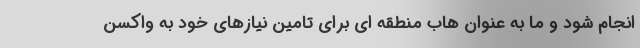
انجام شود و ما به عنوان هاب منطقه ای برای تامین نیازهای خود به واکسن